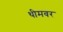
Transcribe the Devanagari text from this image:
थीमवर